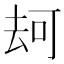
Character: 𠳌